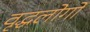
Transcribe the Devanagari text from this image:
वृद्धलोगों